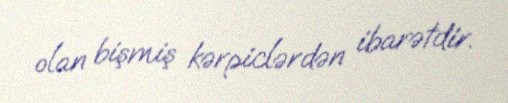
olan bişmiş kərpiclərdən ibarətdir.